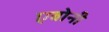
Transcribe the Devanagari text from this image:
एबोनी